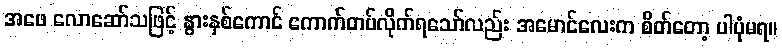
အဖေ လောဆော်သဖြင့် နွားနှစ်ကောင် ကောက်တပ်လိုက်ရသော်လည်း အမောင်လေးက စိတ်တော့ ပါပုံမရ။